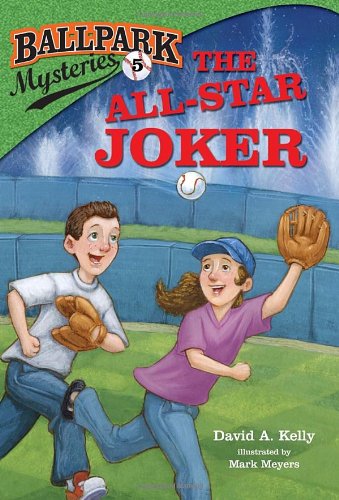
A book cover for Ballpark Mysteries #5: The All-Star Joker (A Stepping Stone Book(TM)); David A. Kelly; Children's Books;